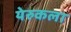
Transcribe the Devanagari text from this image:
येरुकला